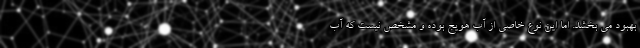
بهبود می بخشد. اما این نوع خاصی از آب هویج بوده و مشخص نیست که آب